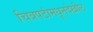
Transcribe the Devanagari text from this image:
चित्रपटांमधूनदेखील